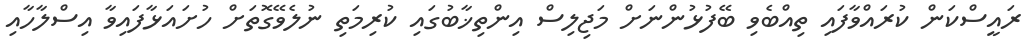
ރައީސްކަން ކުރައްވާފައި ތިއްބެވި ބޭފުޅުންނަށް މަޖިލިސް އިންތިޚާބުގައި ކުރިމަތި ނުލެވޭގޮތަށް ހުށައަޅާފައިވާ އިސްލާހާއި